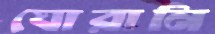
ঘোরানি